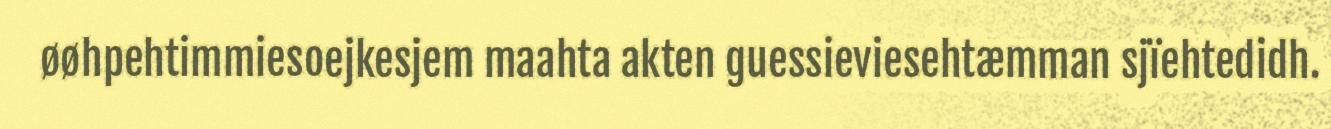
øøhpehtimmiesoejkesjem maahta akten guessieviesehtæmman sjïehtedidh.